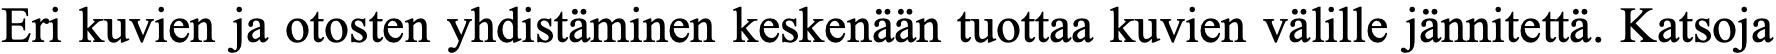
Eri kuvien ja otosten yhdistäminen keskenään tuottaa kuvien välille jännitettä. Katsoja